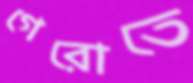
গেরোতে